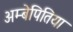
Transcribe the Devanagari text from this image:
अम्बेपितिया